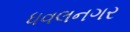
ધવલનગર